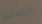
التعليق